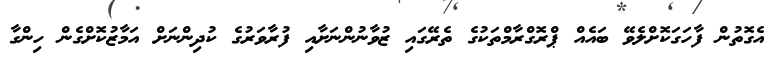
އެގޮތުން ފާހަގަކޮށްލެވޭ ބައެއް ޕްރޮގްރާމްތަކުގެ ތެރޭގައި ޒުވާނުންނަށާއި ފުރާވަރުގެ ކުދިންނަށް އަމާޒުކޮށްގެން ހިންގާ